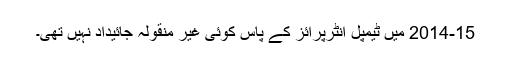
2014-15 میں ٹیمپل انٹرپرائز کے پاس کوئی غیر منقولہ جائیداد نہیں تھی۔